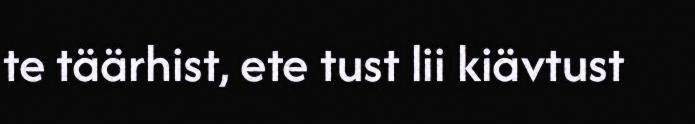
te täärhist, ete tust lii kiävtust